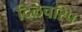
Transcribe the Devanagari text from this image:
दिलचस्पि